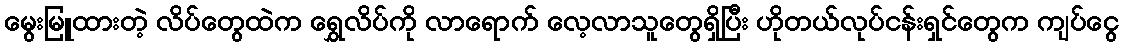
မွေးမြူထားတဲ့ လိပ်တွေထဲက ရွှေလိပ်ကို လာရောက် လေ့လာသူတွေရှိပြီး ဟိုတယ်လုပ်ငန်းရှင်တွေက ကျပ်ငွေ